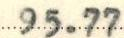
95.77